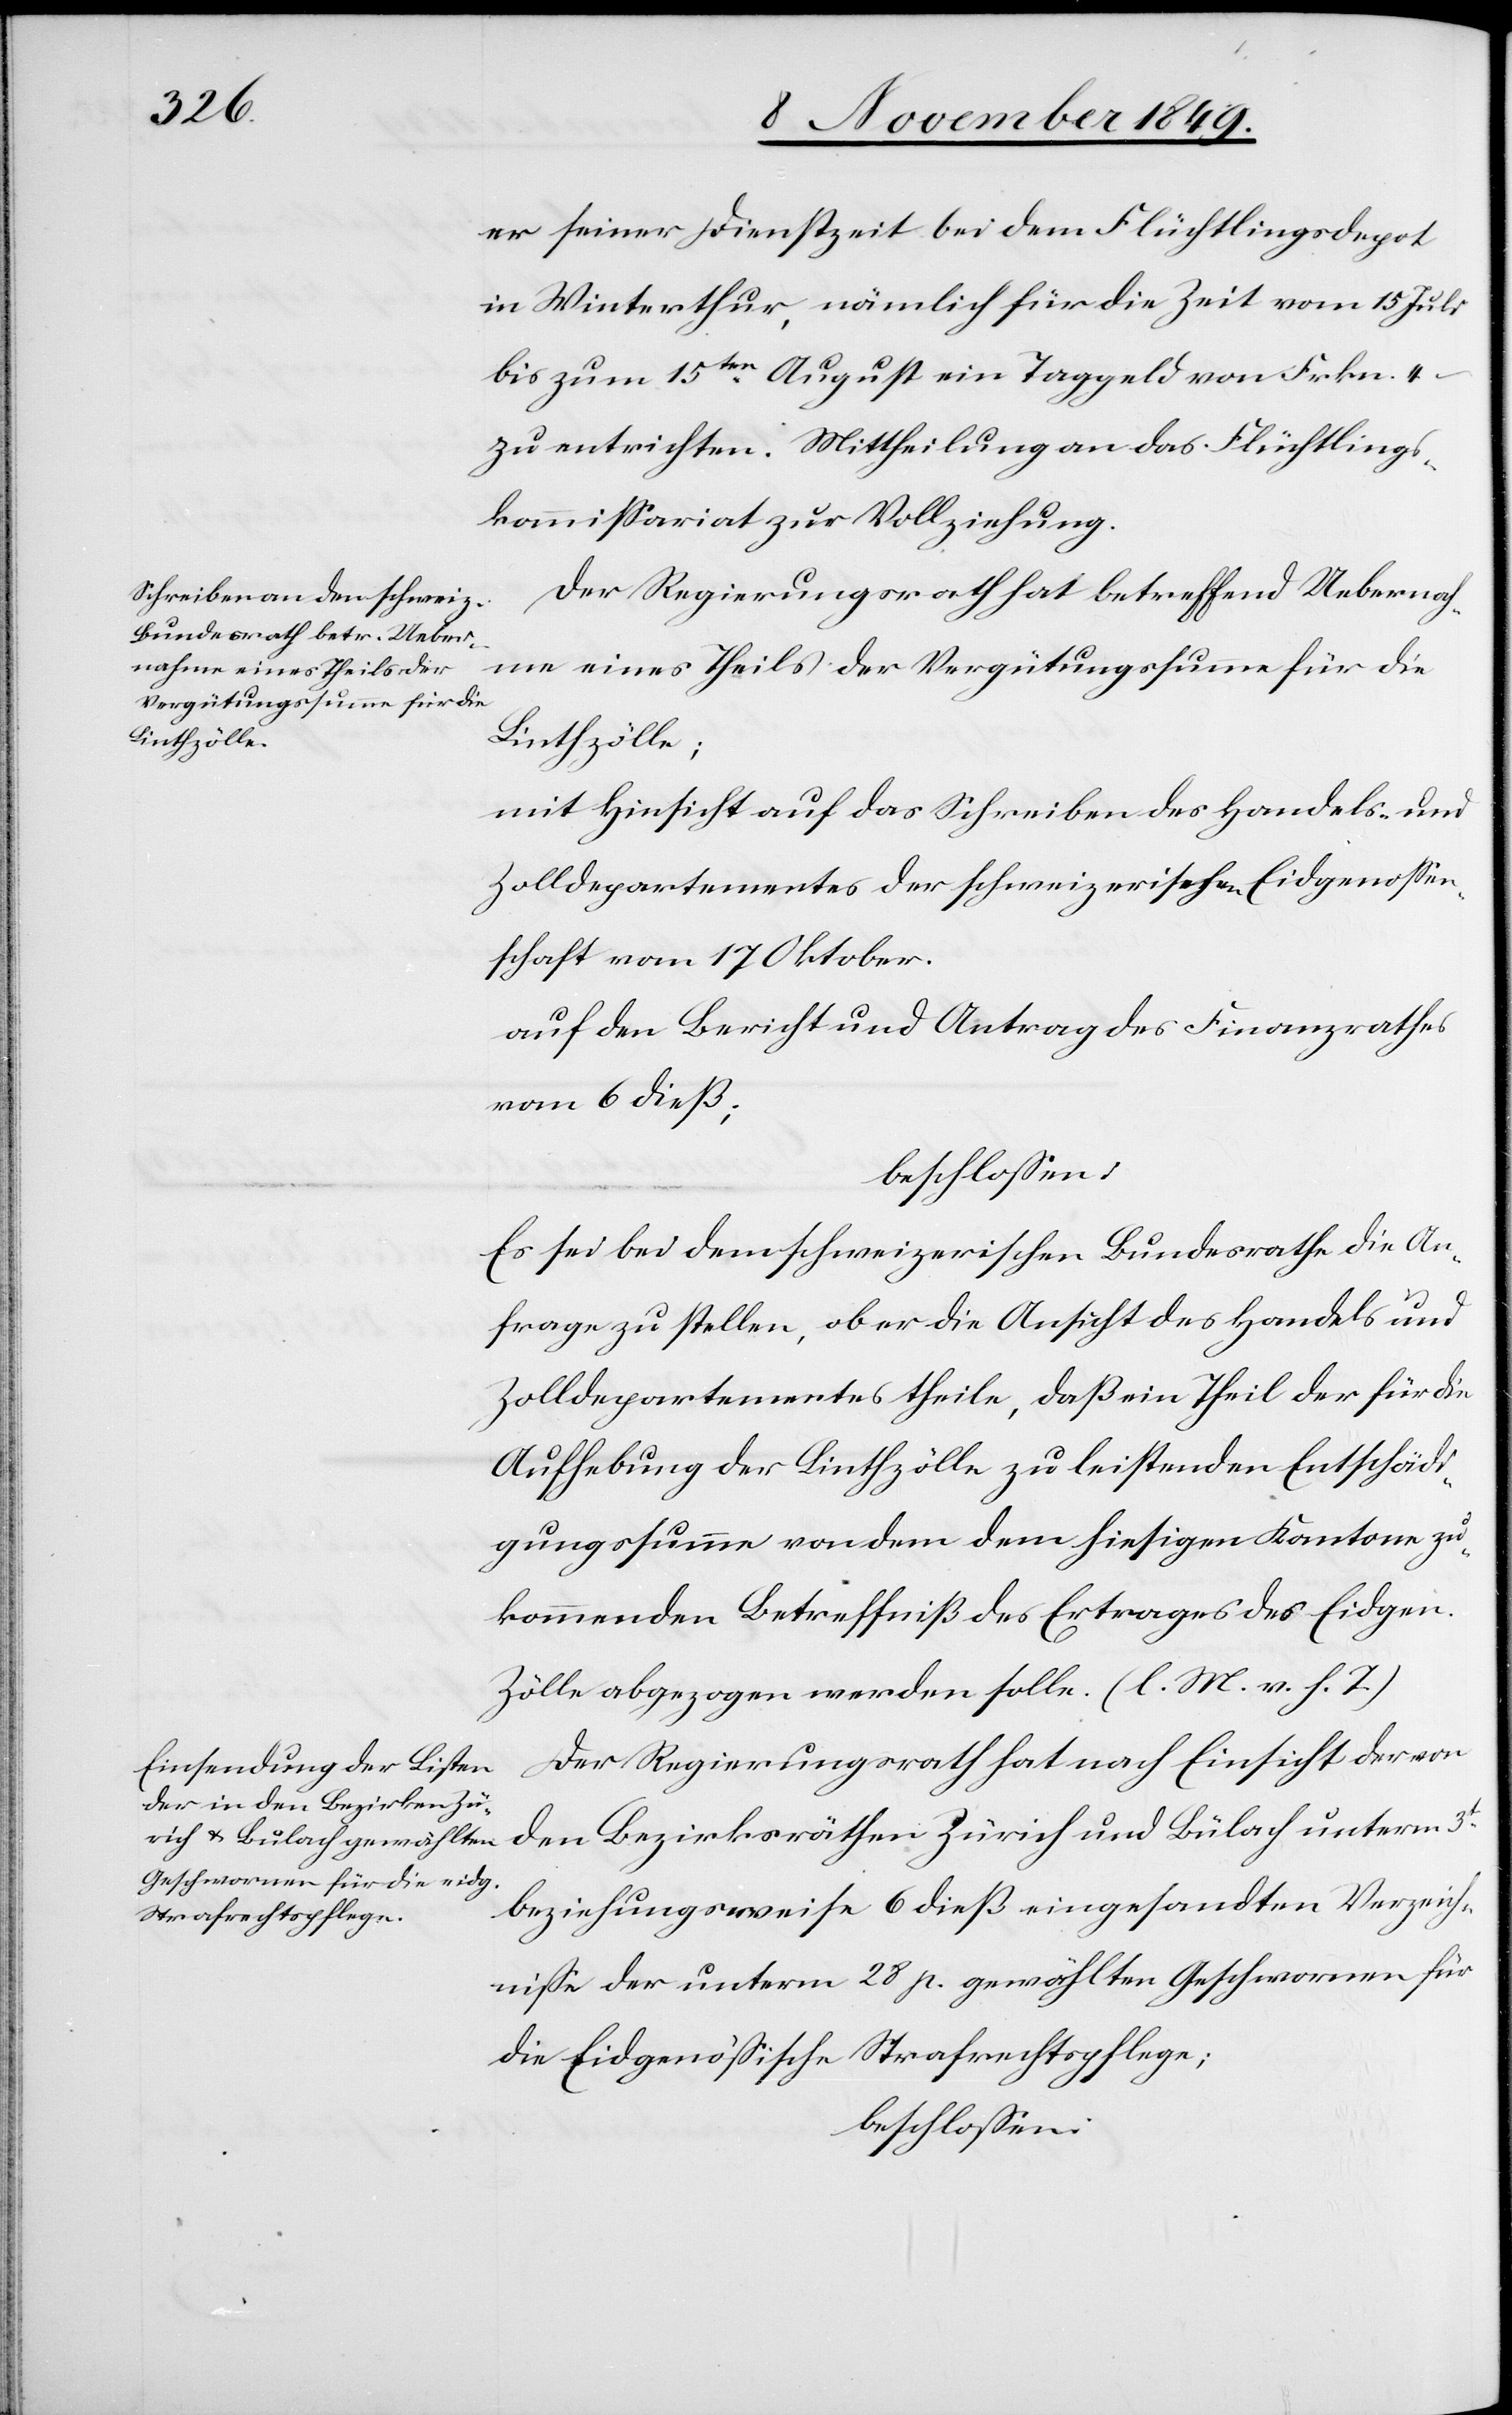
er seiner Dienstzeit bei dem Flüchtlingsdepot
in Winterthur, nämlich für die Zeit vom 15 Juli
bis zum 15ten August ein Taggeld von Frkn. 4
zu entrichten. Mittheilung an das Flüchtlings¬
kommißariat zur Vollziehung.
Der Regierungsrath hat betreffend Uebernah¬
me eines Theils der Vergütungssumme für die
Linthzölle;
mit Hinsicht auf das Schreiben des Handels- u.
Zolldepartementes der schweizerischen Eidgenossen¬
schaft vom 17 Oktober.
auf den Bericht und Antrag des Finanzrathes
vom 6 dieß;
beschloßen:
Es sei bei dem schweizerischen Bundesrathe die An¬
frage zu stellen, ob er die Ansicht des Handels- u.
Zolldepartementes theile, daß ein Theil der für die
Aufhebung der Linthzölle zu leistenden Entschädi¬
gungssumme von dem dem hiesigen Kantone zu¬
kommenden Betreffniß des Ertrages der Eidgen.
Zölle abgezogen werden solle. [l. M. v. h. T]
Der Regierungsrath hat nach Einsicht der von
den Bezirksräthen Zürich und Bülach unterm 3t
beziehungsweise 6 dieß eingesandten Verzeich¬
niße der unterm 28 p. gewählten Geschworenen für
die Eidgenößische Strafrechtspflege;
beschloßen: